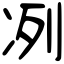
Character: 冽